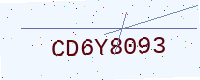
Text: CD6Y8093